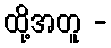
ထို့အတူ -